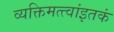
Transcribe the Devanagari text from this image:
व्यक्तिमत्त्वांइतकं